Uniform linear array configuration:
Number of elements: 4
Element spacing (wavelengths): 0.75
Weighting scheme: blackman
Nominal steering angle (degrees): -15
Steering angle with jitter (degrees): -16.118
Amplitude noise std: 0.05
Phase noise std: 0.05

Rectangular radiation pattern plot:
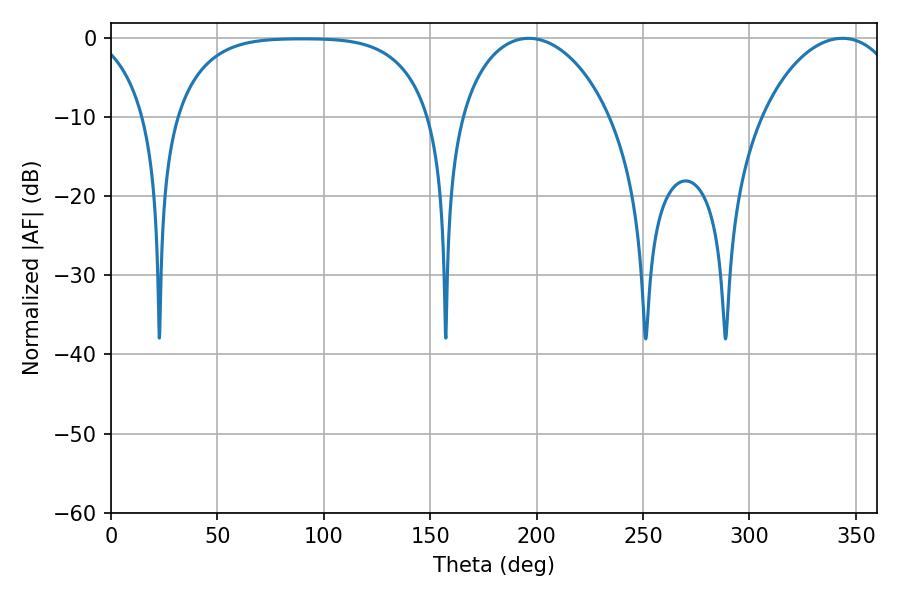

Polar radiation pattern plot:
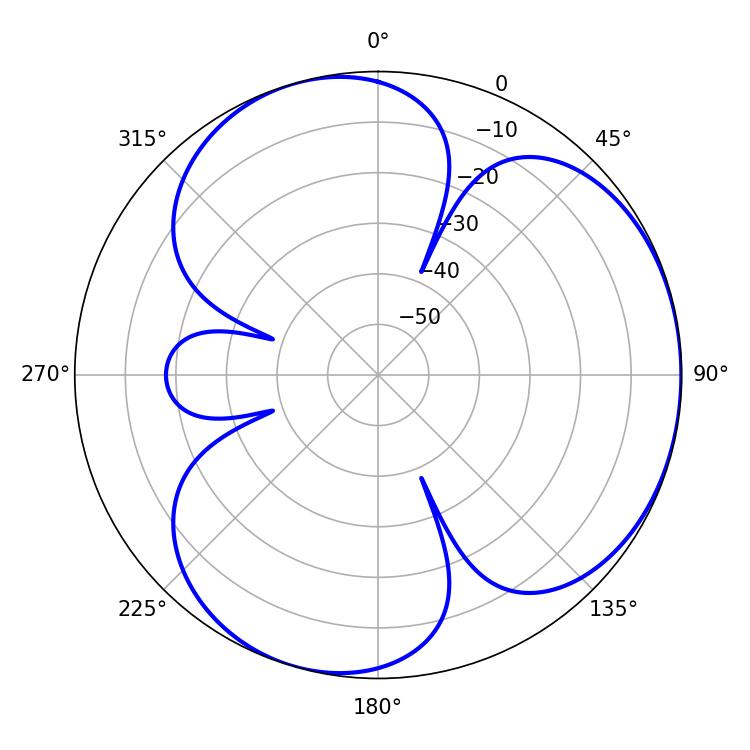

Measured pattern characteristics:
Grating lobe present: TRUE
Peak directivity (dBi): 3.679
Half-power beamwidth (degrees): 40.68
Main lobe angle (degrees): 196.2